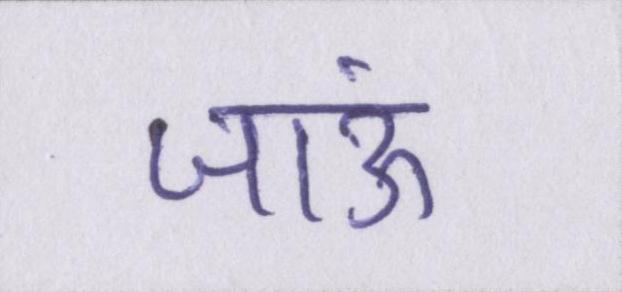
जाऊं